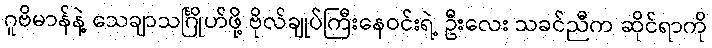
ဂူဗိမာန်နဲ့ သေချာသင်္ဂြိုဟ်ဖို့ ဗိုလ်ချုပ်ကြီးနေဝင်းရဲ့ ဦးလေး သခင်ညီက ဆိုင်ရာကို